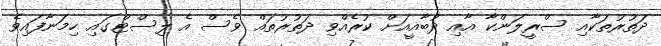
ދަތުރުތަކާއި ސްރީލަންކާ އާއި ދުބާއީއަށް ކުރެއްވި ދަތުރުތައް ވެސް އެ ލިސްޓްގައި ހިމަނާފައިވެ